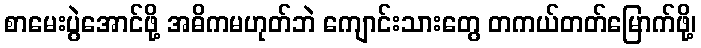
စာမေးပွဲအောင်ဖို့ အဓိကမဟုတ်ဘဲ ကျောင်းသားတွေ တကယ်တတ်မြောက်ဖို့၊